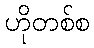
ဟိုတစ်စ